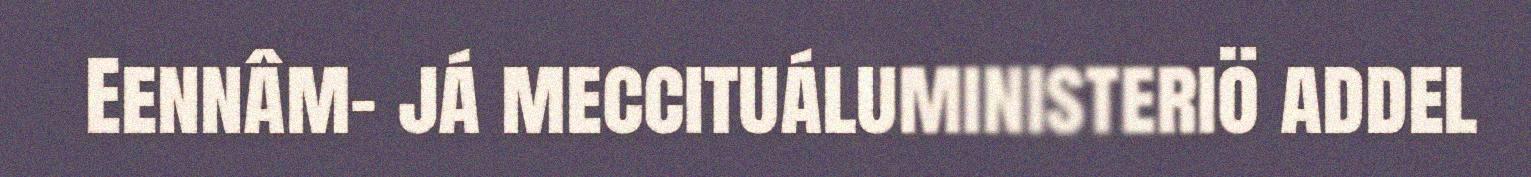
Eennâm- já meccituáluministeriö addel